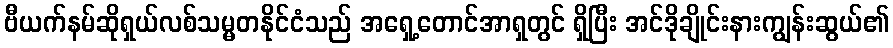
ဗီယက်နမ်ဆိုရှယ်လစ်သမ္မတနိုင်ငံသည် အရှေ့တောင်အာရှတွင် ရှိပြီး အင်ဒိုချိုင်းနားကျွန်းဆွယ်၏